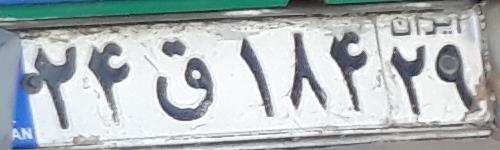
۲۴ق۱۸۴۲۹